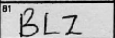
Transcription: BLZ